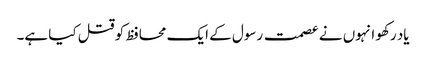
یاد رکھو انہوں نے عصمت رسول کے ایک محافظ کو قتل کیا ہے۔